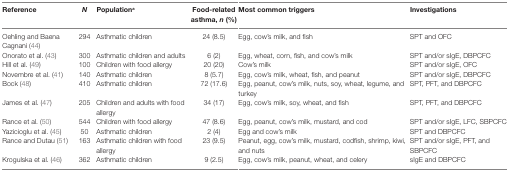
<table><thead><tr><td><b>Reference</b></td><td><b><i>N</i></b></td><td><b>Population<sup>a</sup></b></td><td><b>Food-related asthma, <i>n</i> (%)</b></td><td><b>Most common triggers</b></td><td><b>Investigations</b></td></tr></thead><tbody><tr><td>Oehling and Baena Cagnani (44)</td><td>294</td><td>Asthmatic children</td><td>24 (8.5)</td><td>Egg, cow’s milk, and fish</td><td>SPT and OFC</td></tr><tr><td>Onorato et al. (43)</td><td>300</td><td>Asthmatic children and adults</td><td>6 (2)</td><td>Egg, wheat, corn, fish, and cow’s milk</td><td>SPT and/or sIgE, DBPCFC</td></tr><tr><td>Hill et al. (49)</td><td>100</td><td>Children with food allergy</td><td>20 (20)</td><td>Cow’s milk</td><td>SPT and/or sIgE, OFC</td></tr><tr><td>Novembre et al. (41)</td><td>140</td><td>Asthmatic children</td><td>8 (5.7)</td><td>Egg, cow’s milk, wheat, fish, and peanut</td><td>SPT and/or sIgE, DBPCFC</td></tr><tr><td>Bock (48)</td><td>410</td><td>Asthmatic children</td><td>72 (17.6)</td><td>Egg, peanut, cow’s milk, nuts, soy, wheat, legume, and turkey</td><td>SPT, PFT, and DBPCFC</td></tr><tr><td>James et al. (47)</td><td>205</td><td>Children and adults with food allergy</td><td>34 (17)</td><td>Egg, cow’s milk, soy, wheat, and fish</td><td>SPT, PFT, and DBPCFC</td></tr><tr><td>Rance et al. (50)</td><td>544</td><td>Children with food allergy</td><td>47 (8.6)</td><td>Egg, peanut, cow’s milk, mustard, and cod</td><td>SPT and/or sIgE, LFC, SBPCFC</td></tr><tr><td>Yazicioglu et al. (45)</td><td>50</td><td>Asthmatic children</td><td>2 (4)</td><td>Egg and cow’s milk</td><td>SPT and DBPCFC</td></tr><tr><td>Rance and Dutau (51)</td><td>163</td><td>Asthmatic children with food allergy</td><td>23 (9.5)</td><td>Peanut, egg, cow’s milk, mustard, codfish, shrimp, kiwi, and nuts</td><td>SPT and/or sIgE, PFT, and SBPCFC</td></tr><tr><td>Krogulska et al. (46)</td><td>362</td><td>Asthmatic children</td><td>9 (2.5)</td><td>Egg, cow’s milk, peanut, wheat, and celery</td><td>sIgE and DBPCFC</td></tr></tbody></table>